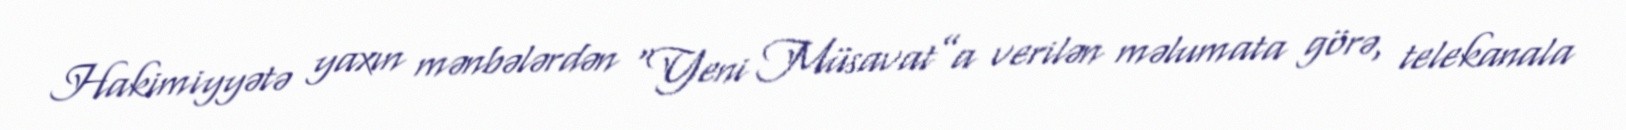
Hakimiyyətə yaxın mənbələrdən “Yeni Müsavat”a verilən məlumata görə, telekanala